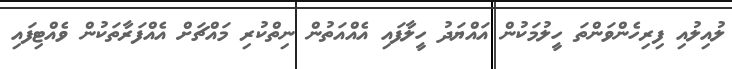
ލުއިލުއި ފިރިހެންވަންތަ ހީލުމަކުން އައްޔަދު ހީލާފައި އެއްއަތުން ނިތްކުރި މައްޗަށް އެއްފަރާތަކުން ވެއްޓިފައި